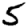
Digit: 5